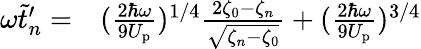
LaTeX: \begin{array}{rl}{\omega\tilde{t}_{n}^{\prime}=}&{{}(\frac{2\hbar\omega}{9U_{\mathrm{p}}})^{1/4}\frac{2\zeta_{0}-\zeta_{n}}{\sqrt{\zeta_{n}-\zeta_{0}}}+(\frac{2\hbar\omega}{9U_{\mathrm{p}}})^{3/4}}\end{array}